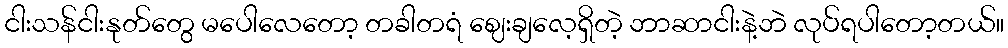
ငါးသန်ငါးနုတ်တွေ မပေါလေတော့ တခါတရံ ဈေးချလေ့ရှိတဲ့ ဘာဆာငါးနဲ့ဘဲ လုပ်ရပါတော့တယ်။